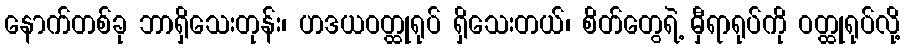
နောက်တစ်ခု ဘာရှိသေးတုန်း၊ ဟဒယဝတ္ထုရုပ် ရှိသေးတယ်၊ စိတ်တွေရဲ့ မှီရာရုပ်ကို ဝတ္ထုရုပ်လို့